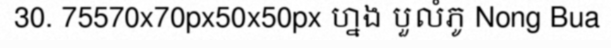
30. 75570x70px50x50px ហ្នង បួលំភូ Nong Bua